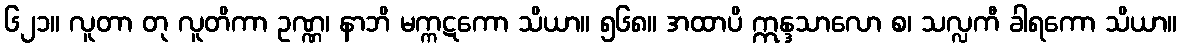
၆၂၁။ လူတာ တု လူတိကာ ဥဏ္ဏ၊ နာဘိ မက္ကဋကော သိယာ။ ၅၆၈။ အထာပိ ဣန္ဒသာလော စ၊ သလ္လကီ ခါရကော သိယာ။